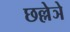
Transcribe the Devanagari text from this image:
छल्लेञे